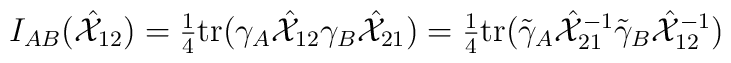
I_{AB}(\hat{{\cal X}}_{12})=\textstyle{\frac{1}{4}}\mbox{tr}(\gamma_{A}\hat{{\cal X}}_{12}\gamma_{B}\hat{{\cal X}}_{21})=\textstyle{\frac{1}{4}}\mbox{tr}(\tilde{\gamma}_{A}\hat{{\cal X}}_{21}^{-1}\tilde{\gamma}_{B}\hat{{\cal X}}_{12}^{-1})